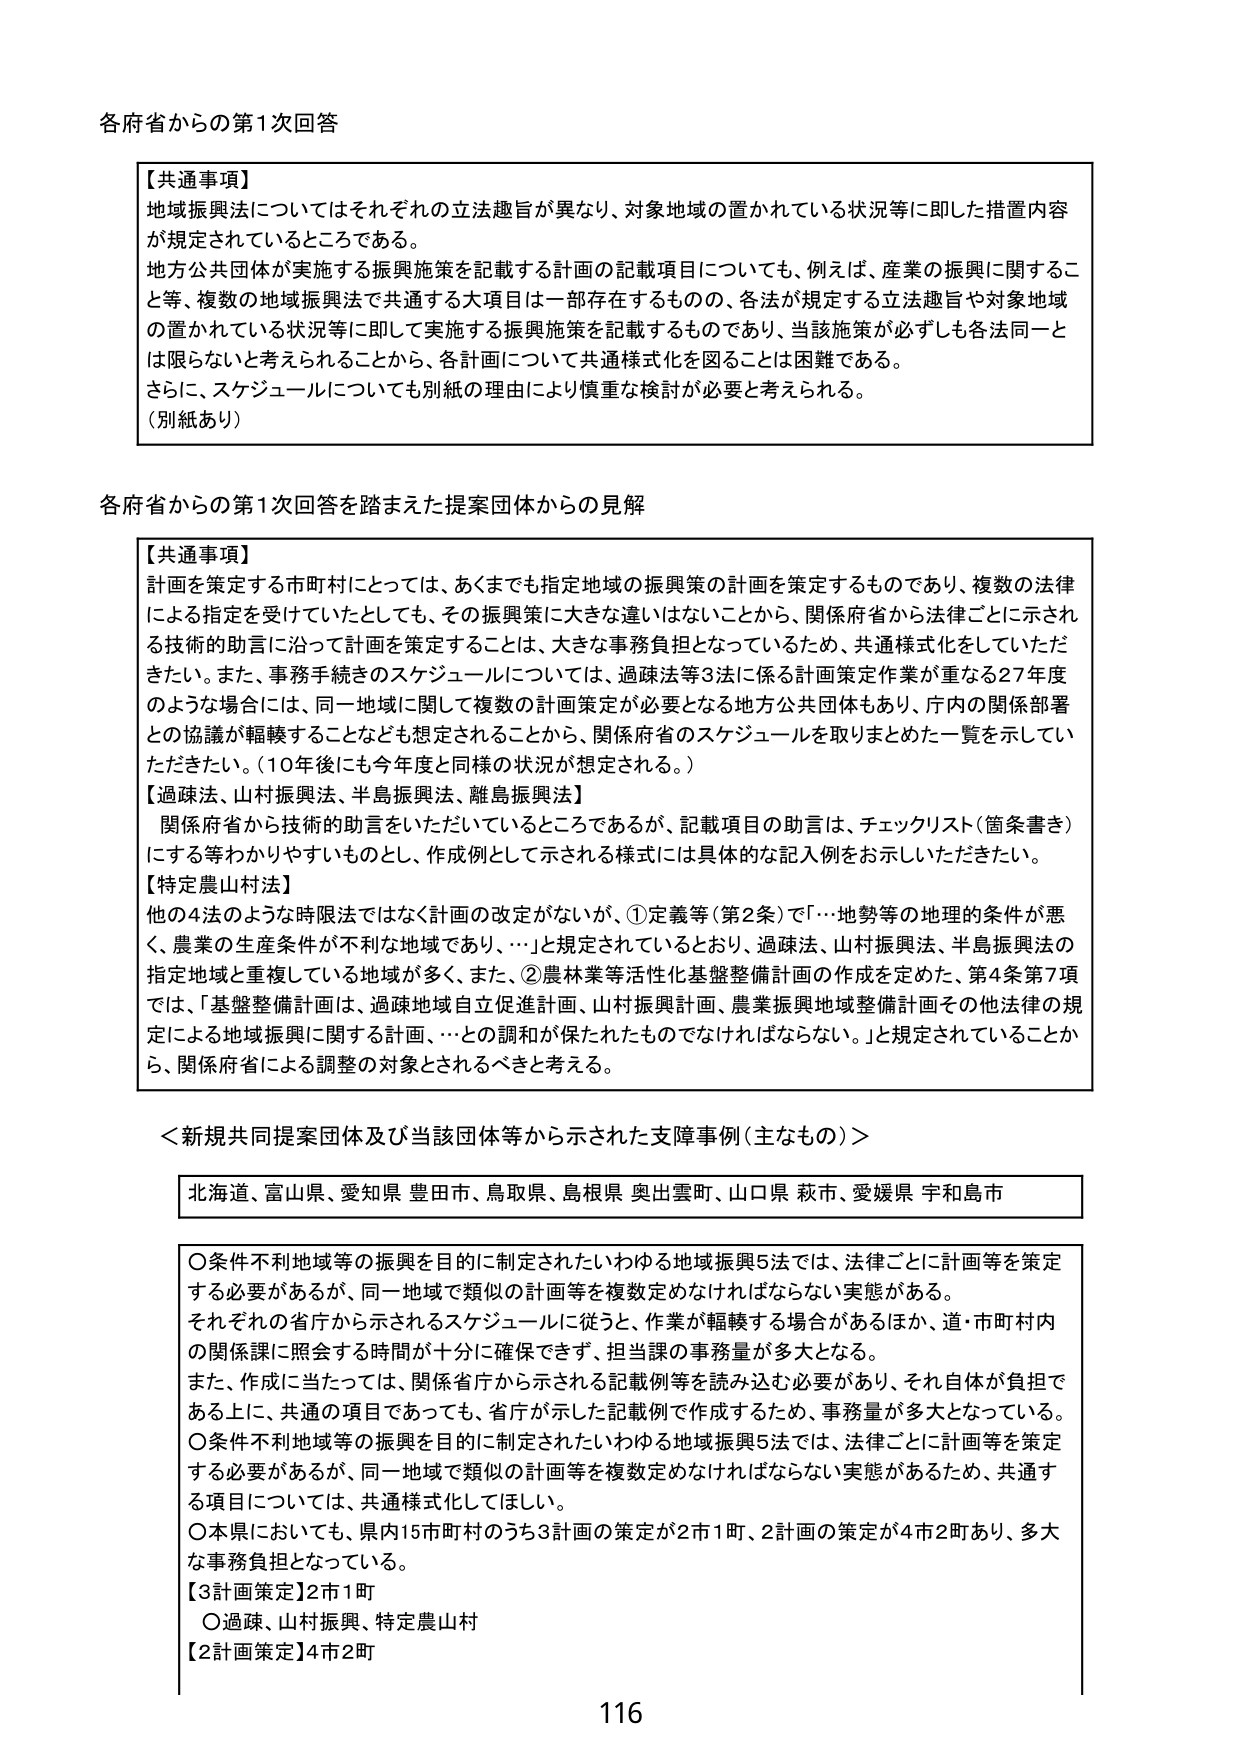
各府省からの第1次回答

【共通事項】
地域振興法についてはそれぞれの立法趣旨が異なり、対象地域の置かれている状況等に即した措置内容が規定されているところである。
地方公共団体が実施する振興施策を記載する計画の記載項目についても、例えば、産業の振興に関すること等、複数の地域振興法で共通する大項目は一部存在するものの、各法が規定する立法趣旨や対象地域の置かれている状況等に即して実施する振興施策を記載するものであり、当該施策が必ずしも各法同一とは限らないと考えられることから、各計画について共通様式化を図ることは困難である。
さらに、スケジュールについても別紙の理由により慎重な検討が必要と考えられる。
（別紙あり）

各府省からの第1次回答を踏まえた提案団体からの見解

【共通事項】
計画を策定する市町村にとっては、あくまでも指定地域の振興策の計画を策定するものであり、複数の法律による指定を受けていたとしても、その振興策に大きな違いはないことから、関係府省から法律ごとに示される技術的助言に沿って計画を策定することは、大きな事務負担となっているため、共通様式化をしていただきたい。また、事務手続きのスケジュールについては、過疎法等3法に係る計画策定作業が重なる27年度のような場合には、同一地域に関して複数の計画策定が必要となる地方公共団体もあり、庁内の関係部署との協議が転轍することなども想定されることから、関係府省のスケジュールを取りまとめた一覧を示していただきたい。（10年後にも今年度と同様の状況が想定される。）
【過疎法、山村振興法、半島振興法、離島振興法】
関係府省から技術的助言をいただいているところであるが、記載項目の助言は、チェックリスト（箇条書き）にする等わかりやすいものとし、作成例として示される様式には具体的な記入例をお示しいただきたい。
【特定農山村法】
他の4法のような時限法ではなく計画の改定がないが、①定義等（第2条）で「…地勢等の地理的条件が悪く、農業の生産条件が不利な地域であり、…」と規定されているとおり、過疎法、山村振興法、半島振興法の指定地域と重複している地域が多く、また、②農林業等活性化基盤整備計画の作成を定めた、第4条第7項では、「基盤整備計画は、過疎地域自立促進計画、山村振興計画、農業振興地域整備計画その他法律の規定による地域振興に関する計画、…との調和が保たれたものでなければならない。」と規定されていることから、関係府省による調整の対象とされるべきと考える。

＜新規共同提案団体及び当該団体等から示された支障事例（主なもの）＞

北海道、富山県、愛知県 豊田市、鳥取県、島根県 奥出雲町、山口県 萩市、愛媛県 宇和島市

〇条件不利地域等の振興を目的に制定されたいわゆる地域振興5法では、法律ごとに計画等を策定する必要があるが、同一地域で類似の計画等を複数定めなければならない実態がある。
それぞれの省庁から示されるスケジュールに従うと、作業が転轍する場合があるほか、道・市町村内の関係課に照会する時間が十分に確保できず、担当課の事務量が多大となる。
また、作成に当たっては、関係省庁から示される記載例等を読み込む必要があり、それ自体が負担である上に、共通の項目であっても、省庁が示した記載例で作成するため、事務量が多大となっている。
〇条件不利地域等の振興を目的に制定されたいわゆる地域振興5法では、法律ごとに計画等を策定する必要があるが、同一地域で類似の計画等を複数定めなければならない実態があるため、共通する項目については、共通様式化してほしい。
〇本県においても、県内15市町村のうち3計画の策定が2市1町、2計画の策定が4市2町あり、多大な事務負担となっている。
【3計画策定】2市1町
〇過疎、山村振興、特定農山村
【2計画策定】4市2町

116